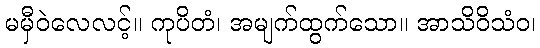
မမှီဝဲလေလင့်။ ကုပိတံ၊ အမျက်ထွက်သော။ အာသိဝိသံဝ၊